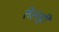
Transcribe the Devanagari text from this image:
तेलही